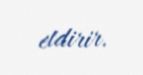
etdirir.